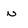
Character: n